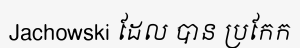
Jachowski ដែល បាន ប្រកែក